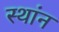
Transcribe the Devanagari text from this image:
स्थांन